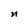
Character: n